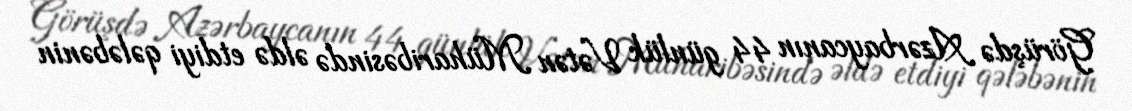
Görüşdə Azərbaycanın 44 günlük Vətən Müharibəsində əldə etdiyi qələbənin